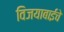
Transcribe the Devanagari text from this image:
विजयाबाईंचे